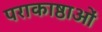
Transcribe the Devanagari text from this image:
पराकाष्ठाओं